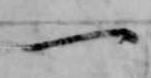
一